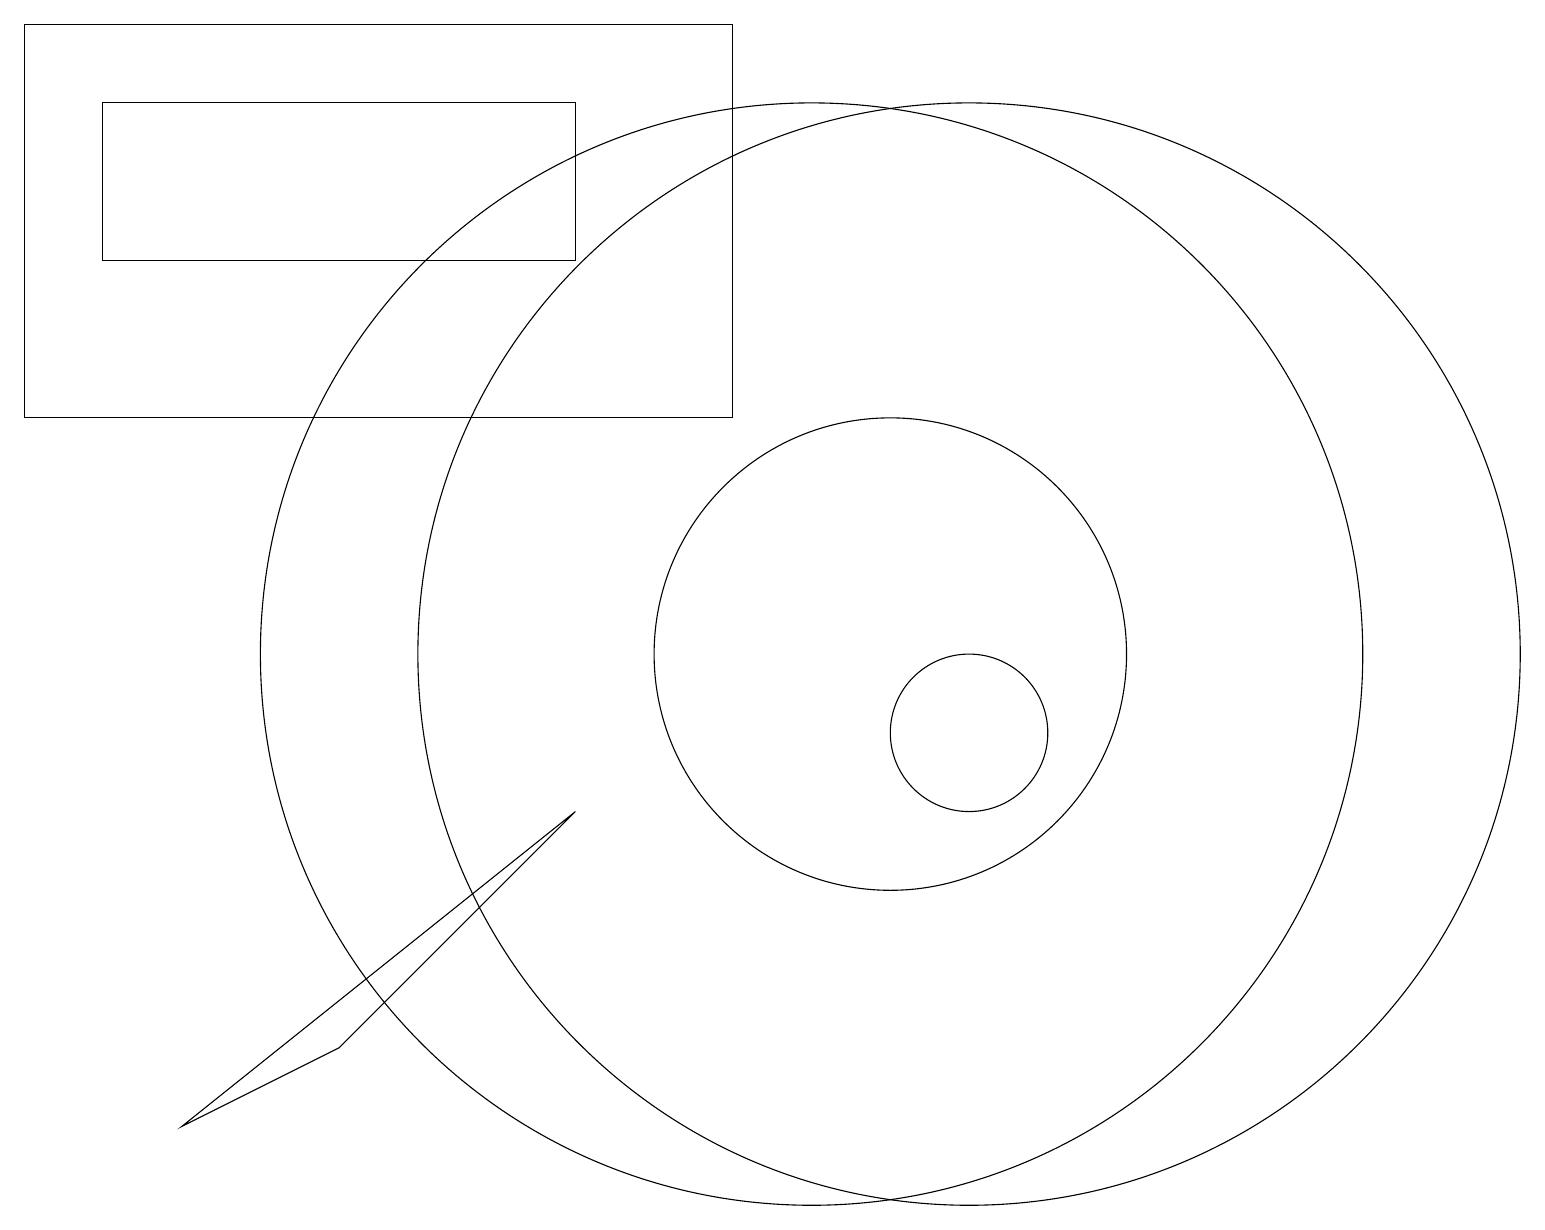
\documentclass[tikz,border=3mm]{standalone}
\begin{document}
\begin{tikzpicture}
\draw (1,18) rectangle (7,16);
\draw (12,11) circle (7);
\draw (12,10) circle (1);
\draw (2,5) -- (4,6) -- (7,9) -- cycle;
\draw (9,19) rectangle (0,14);
\draw (10,11) circle (7);
\draw (11,11) circle (3);
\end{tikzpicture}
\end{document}